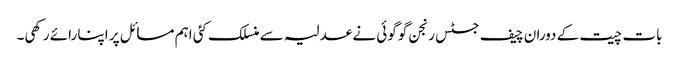
بات چیت کے دوران چیف جسٹس رنجن گوگوئی نے عدلیہ سے منسلک کئی اہم مسائل پر اپنا رائے رکھی۔